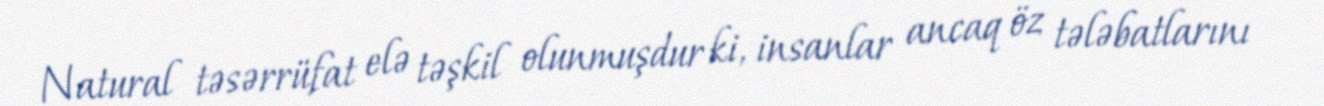
Natural təsərrüfat elə təşkil olunmuşdur ki, insanlar ancaq öz tələbatlarını